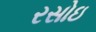
રસોઇ